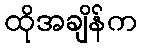
ထိုအချိန်က